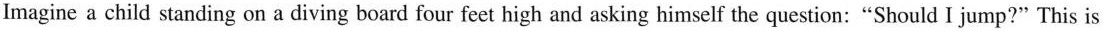
Imagine a child standing on a diving board four feet high and asking himself the question:"Should I jump?" This is